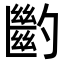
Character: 𠤉